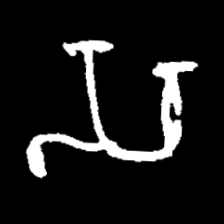
Pyu character \u2014 Myanmar letter: သ (romanized: sa)